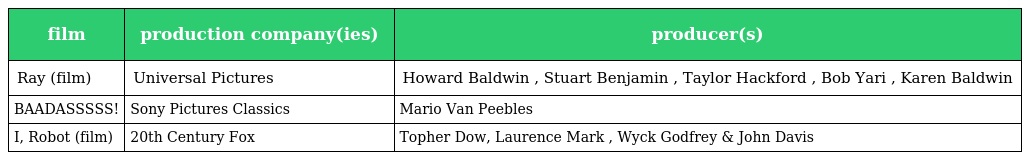
| film | production company(ies) | producer(s) |
 | --- | --- | --- |
 | Ray (film) | Universal Pictures | Howard Baldwin , Stuart Benjamin , Taylor Hackford , Bob Yari , Karen Baldwin |
 | BAADASSSSS! | Sony Pictures Classics | Mario Van Peebles |
 | I, Robot (film) | 20th Century Fox | Topher Dow, Laurence Mark , Wyck Godfrey & John Davis |